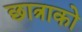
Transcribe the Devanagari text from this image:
छात्राको